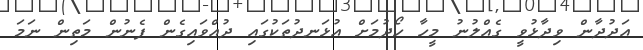
އަދުދާން ވިދާޅުވީ ގެއްލުނު މީހާ ހޯދުމަށް އުޅަނދުތަކުގައި ދުއްވައިގެން ފެނުން މަތިން ނަމަ